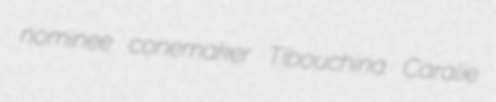
nominee conemaker Tibouchina Caralie